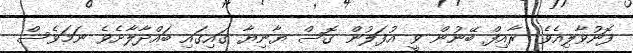
ފޮނުވާލިއެވެ. ރާއިފް ބޭނުން ވީ އުފަލުން ގޮސް ޔާނިޔާ ގައިގައި ބައްދާލާށެވެ ނަމަވެސް